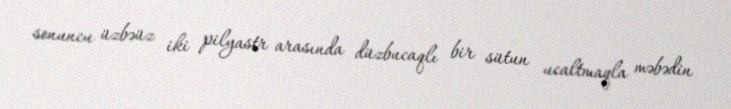
sonuncu üzbəüz iki pilyastr arasında düzbucaqlı bir sütun ucaltmaqla məbədin